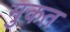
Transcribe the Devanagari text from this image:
मुकत